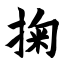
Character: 掬